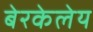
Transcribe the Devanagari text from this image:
बेरकेलेय